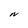
Character: N